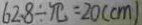
6 2 . 8 \div \pi = 2 0 ( c m )